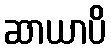
ဆာယာပိ